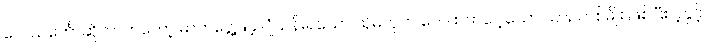
လေသင်္ဘောဆိုတာကတော့ ဓာတ်ငွေ့ဖြင့် ပျံသန်းရသော သို့မဟုတ် လေထက်ပေါ့သော ယာဉ်တစ်မျိုး ဖြစ်ပြီး ပဲ့နှင့်